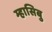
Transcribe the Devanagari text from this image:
म्हासिबु